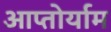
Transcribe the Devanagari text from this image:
आप्‍तोर्याम